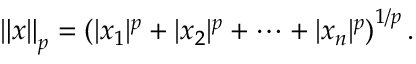
\left\| x \right\| _ { p } = \left( | x _ { 1 } | ^ { p } + | x _ { 2 } | ^ { p } + \dotsb + | x _ { n } | ^ { p } \right) ^ { 1 / p } .